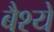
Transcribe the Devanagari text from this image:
बैश्ये